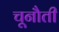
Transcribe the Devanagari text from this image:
चूनौती